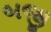
બજી